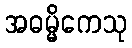
အဓမ္မိကေသု